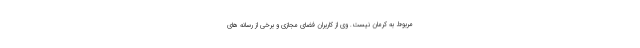
مربوط به کرمان نیست. وی از کاربران فضای مجازی و برخی از رسانه های